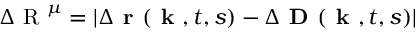
\Delta \mathrm { ~ R ~ } ^ { \mu } = \left| \Delta \textbf { r } ( \textbf { k } , t , s ) - \Delta \textbf { D } ( \textbf { k } , t , s ) \right|